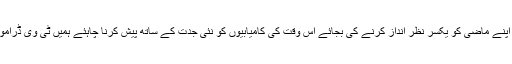
28 اپریل2018ء) اداکارہ و ماڈل ماہی خان نے کہا ہے کہ ہمیں اپنے ماضی کو یکسر نظر انداز کرنے کی بجائے اس وقت کی کامیابیوں کو نئی جدت کے ساتھ پیش کرنا چاہئے ہمیں ٹی وی ڈراموں کی طرح فلموں میں بھی جاندار اسکرپٹس کو اہمیت دینا ہو گی۔